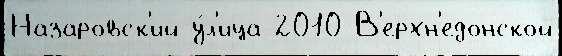
Назаровск'ий у́л'ица 2010 В'ерхн'едонской